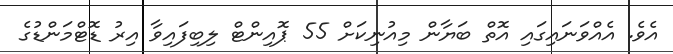
އެވެ. އެއްވަނައިގައި އޮތް ބަޔާން މިއުނިކަށް 55 ޕޮއިންޓް ލިބިފައިވާ އިރު ޑޮޓްމަންޑުގެ